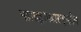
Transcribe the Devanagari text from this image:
महाराष्ट्र।महाराष्ट्रातील